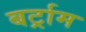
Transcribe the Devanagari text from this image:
बर्ट्राम